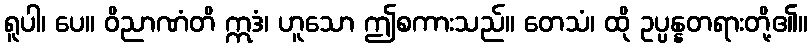
ရူပါ၊ ပေ။ ဝိညာဏံတိ ဣဒံ၊ ဟူသော ဤစကားသည်။ တေသံ၊ ထို ဥပ္ပန္နတရားတို့၏။